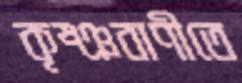
কৃষ্ঞবাণীতে